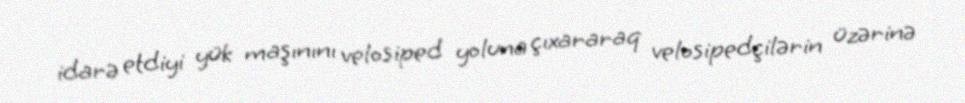
idarə etdiyi yük maşınını velosiped yoluna çıxararaq velosipedçilərin üzərinə